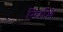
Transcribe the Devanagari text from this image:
निर्ममे